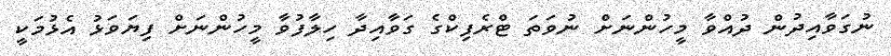
ނުގަވާއިދުން ދުއްވާ މީހުންނަށް ނުވަތަ ޓްރެފިކްގެ ގަވާއިދާ ހިލާފުވާ މީހުންނަށް ފިޔަވަޅު އެޅުމަކީ